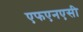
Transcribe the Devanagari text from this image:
एफएनएसी